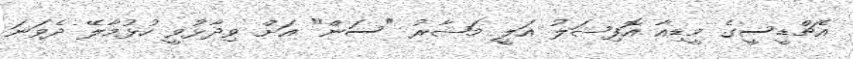
އެޗްޑީސީގެ މީޑިއާ އޮފިޝަލު އަލީ މަޝާރު "ސަން" އަށް ވިދާޅުވީ ހުޅުމާލޭ ދެވަނަ